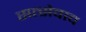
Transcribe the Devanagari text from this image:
सत्सेवाव